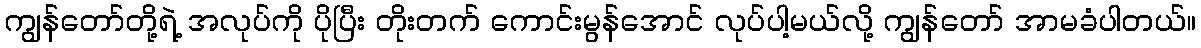
ကျွန်တော်တို့ရဲ့ အလုပ်ကို ပိုပြီး တိုးတက် ကောင်းမွန်အောင် လုပ်ပါ့မယ်လို့ ကျွန်တော် အာမခံပါတယ်။